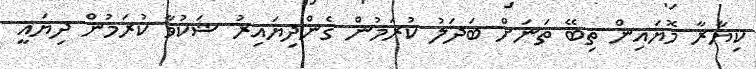
ކިޔާރާ މޮޔައިން ތިބޭ ތަނަށް ބަދަލު ކުރަމުން ގެންދިޔައިރު ޝަކުވާ ކުރަމުން ދިޔައީ